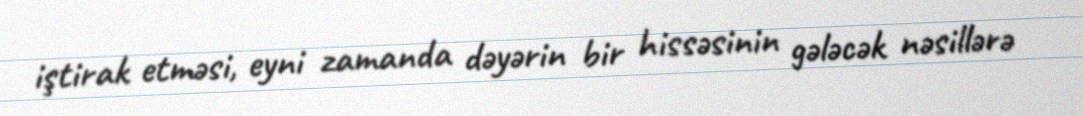
iştirak etməsi, eyni zamanda dəyərin bir hissəsinin gələcək nəsillərə